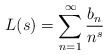
\begin{align*} L(s) = \sum_{n=1}^{\infty} \frac{b_n}{n^s}\end{align*}